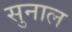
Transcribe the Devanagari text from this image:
सुनाल